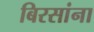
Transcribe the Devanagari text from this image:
बिरसांना